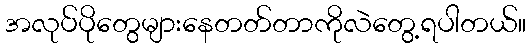
အလုပ်ပိုတွေများနေတတ်တာကိုလဲတွေ့ရပါတယ်။